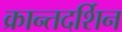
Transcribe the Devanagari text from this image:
क्रान्तदर्शिन